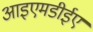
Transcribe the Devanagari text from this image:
आइएमडीईए